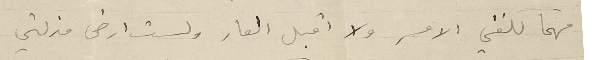
مهما كلفني الامر ولا اقبل العار ولست ارضى مذلتي